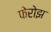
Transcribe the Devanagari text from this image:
फेरोझ